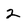
Character: 2